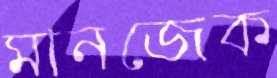
মানজেক